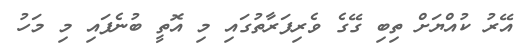
އޭރު ކުއްޔަށް ތިބި ގޭގެ ވެރިފަރާތުގައި މި އޮތީ ބުނެފައި މި މަހު